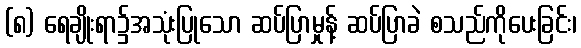
(၈) ရေချိုးရာ၌အသုံးပြုသော ဆပ်ပြာမှုန့် ဆပ်ပြာခဲ စသည်ကိုပေးခြင်း၊